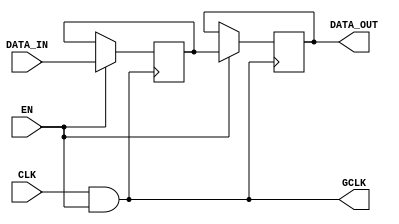
module clock_gating_memory_block (
    input wire CLK,        // Primary clock signal
    input wire EN,         // Enable signal
    output wire GCLK,      // Gated clock signal for the memory block
    input wire [7:0] DATA_IN, // Data input for the memory block
    output reg [7:0] DATA_OUT // Data output from the memory block
);

    // Generate the gated clock signal using an AND gate
    assign GCLK = CLK & EN;

    // Memory block behavior - using a simple register for demonstration
    reg [7:0] memory_reg; // Internal memory register

    // Memory block operation based on the gated clock
    always @(posedge GCLK) begin
        if (EN) begin
            memory_reg <= DATA_IN; // Write data to memory on gated clock
        end
    end

    // Output the data from the memory block
    always @(posedge GCLK) begin
        if (EN) begin
            DATA_OUT <= memory_reg; // Read data from memory
        end
    end

endmodule